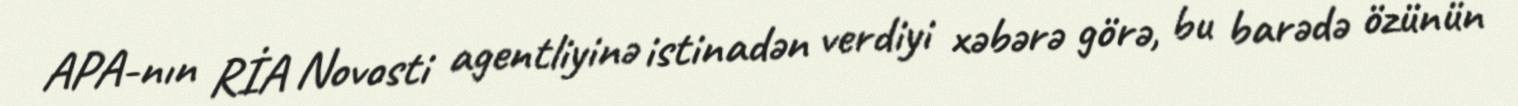
APA-nın RİA Novosti agentliyinə istinadən verdiyi xəbərə görə, bu barədə özünün